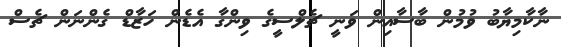
ނާކާމިޔާބު ވުމުން ބާސާއިން ވަނީ ޗެލްްސީގެ ވިންގާ އެޑެން ހަޒާޑް ގެންނަން ޗެސް